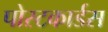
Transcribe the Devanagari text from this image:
पोस्टकार्डस